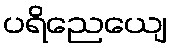
ပရိညေယျေ